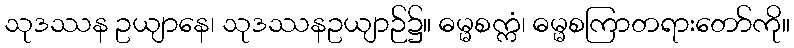
သုဒဿန ဥယျာနေ၊ သုဒဿနဥယျာဉ်၌။ ဓမ္မစက္ကံ၊ ဓမ္မစကြာတရားတော်ကို။